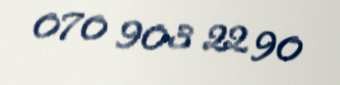
070 903 22 90